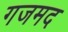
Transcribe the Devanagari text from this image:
गजमद